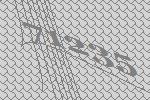
71235